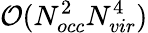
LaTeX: \mathcal{O}(N_{occ}^{2}N_{vir}^{4})